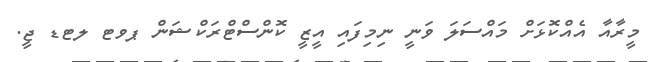
މީރާއާ އެއްކޮޅަށް މައްސަލަ ވަނީ ނިމިފައި އީޒީ ކޮންސްޓްރަކްޝަން ޕވޓ ލޓޑ ޖީ.